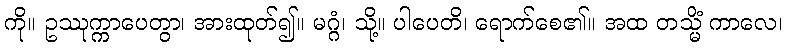
ကို။ ဥဿုက္ကာပေတွာ၊ အားထုတ်၍။ မဂ္ဂံ၊ သို့။ ပါပေတိ၊ ရောက်စေ၏။ အထ တသ္မိံ ကာလေ၊